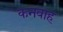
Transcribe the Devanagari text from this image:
कनवाह